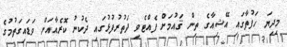
މިދިޔަ ހަފުތާގައި އޭޝިއާގެ ތިން ޤައުމަށް ފެއްޓެވި ދަތުރުފުޅުގައި ދެކުނު ކޮރެއާއަށް ވަޑައިގަތުމުގެ